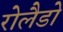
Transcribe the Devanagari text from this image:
रोलैडो